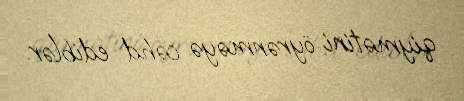
qiymətini öyrənməyə cəhd ediblər.